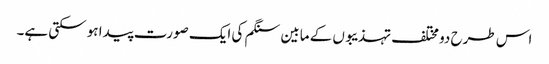
اس طرح دو مختلف تہذیبوں کے مابین سنگم کی ایک صورت پیدا ہو سکتی ہے۔